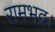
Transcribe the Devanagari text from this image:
रामभद्र।